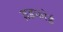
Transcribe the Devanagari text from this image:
ब्रडफोर्ड